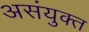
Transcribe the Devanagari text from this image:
असंयुक्‍त